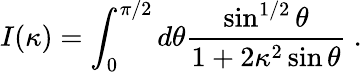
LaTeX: I(\kappa)=\int_{0}^{\pi/2}d\theta{\frac{\sin^{1/2}\theta}{1+2\kappa^{2}\sin\theta}}\ .